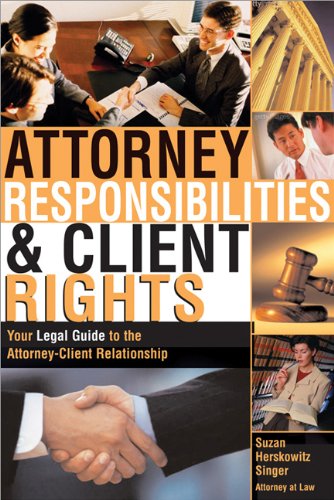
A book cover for Attorney Responsibilities and Client Rights: Your Legal Guide to the Attorney-Client Relationship (Attorney Responsibilities & Client Rights); Suzan Herskowitz P.L.L.C.; Law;